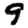
Digit: 9